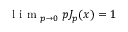
{ \textrm { l i m } } _ { p \rightarrow 0 } \; p J _ { p } ( x ) = 1